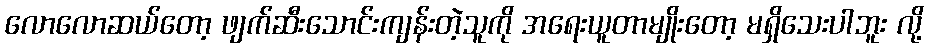
လောလောဆယ်တော့ ဖျက်ဆီးသောင်းကျန်းတဲ့သူကို အရေးယူတာမျိုးတော့ မရှိသေးပါဘူး လို့